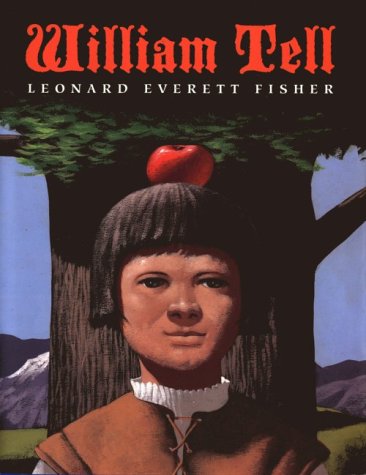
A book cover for William Tell; Children's Books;